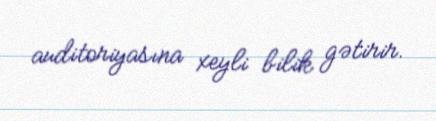
auditoriyasına xeyli bilik gətirir.